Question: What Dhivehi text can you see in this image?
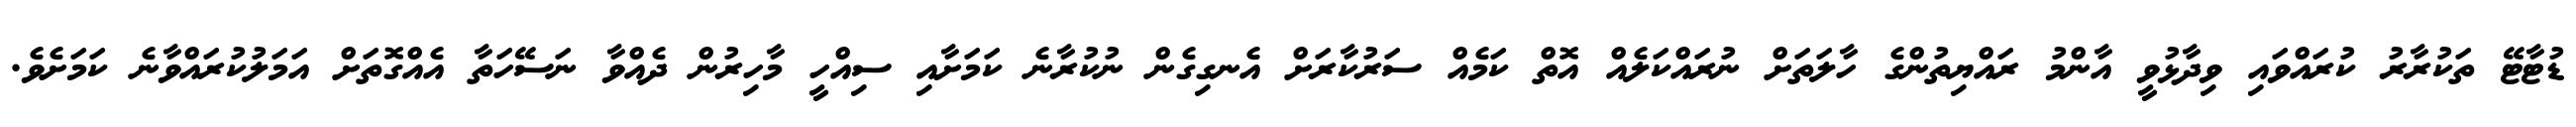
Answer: ޑުޓާޓޭ ތަކުރާރު ކުރައްވައި ވިދާޅުވީ އާންމު ރައްޔިތުންގެ ހާލަތަށް ނުރައްކަލެއް އޮތް ކަމެއް ސަރުކާރަށް އެނގިގެން ނުކުރާނެ ކަމަށާއި ސިއްހީ މާހިރުން ދެއްވާ ނަސޭހަތާ އެއްގޮތަށް އަމަލުކުރައްވާނެ ކަމަށެވެ.